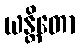
ယန္တိတော